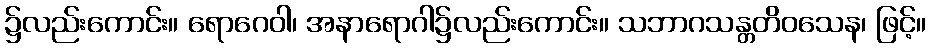
၌လည်းကောင်း။ ရောဂေဝါ၊ အနာရောဂါ၌လည်းကောင်း။ သဘာဂသန္တတိဝသေန၊ ဖြင့်။